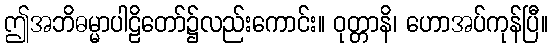
ဤအဘိဓမ္မာပါဠိတော်၌လည်းကောင်း။ ဝုတ္တာနိ၊ ဟောအပ်ကုန်ပြီ။